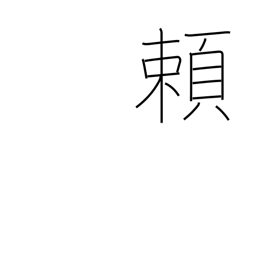
Meaning: trust